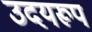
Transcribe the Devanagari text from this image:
उदयरूप